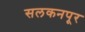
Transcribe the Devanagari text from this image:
सलकनपूर